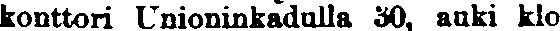
konttori Unioninkadulla 30, auki klo